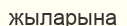
жыларына